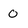
Character: 0